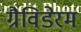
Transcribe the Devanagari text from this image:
ग्रैविडेरम